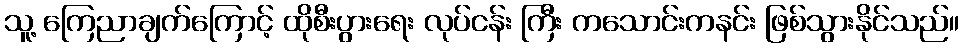
သူ့ ကြေညာချက်ကြောင့် ထိုစီးပွားရေး လုပ်ငန်း ကြီး ကသောင်းကနင်း ဖြစ်သွားနိုင်သည်။